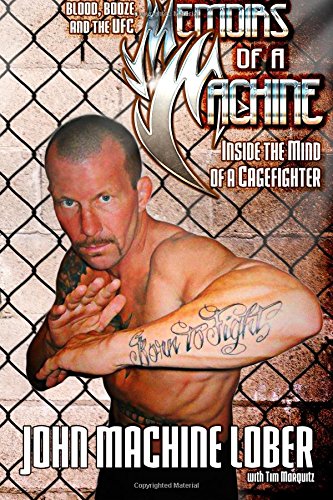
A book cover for Memoirs of a Machine: Inside the Mind of a Cagefighter: Blood, Booze and the UFC; John Machine Lober; Sports & Outdoors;